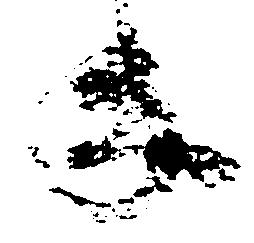
年